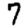
Digit: 7